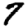
Digit: 7